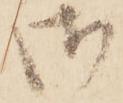
御